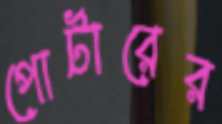
পোর্টারের